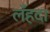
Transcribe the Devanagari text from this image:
लँहदा